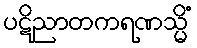
ပဋိညာတကရဏသ္မိံ